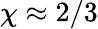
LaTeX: \chi\approx 2/3